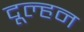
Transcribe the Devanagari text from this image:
दूल्हन